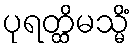
ပုရတ္ထိမသ္မိံ